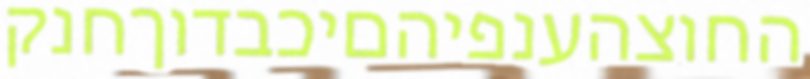
החוצהענפיהםיכבדוךחנק